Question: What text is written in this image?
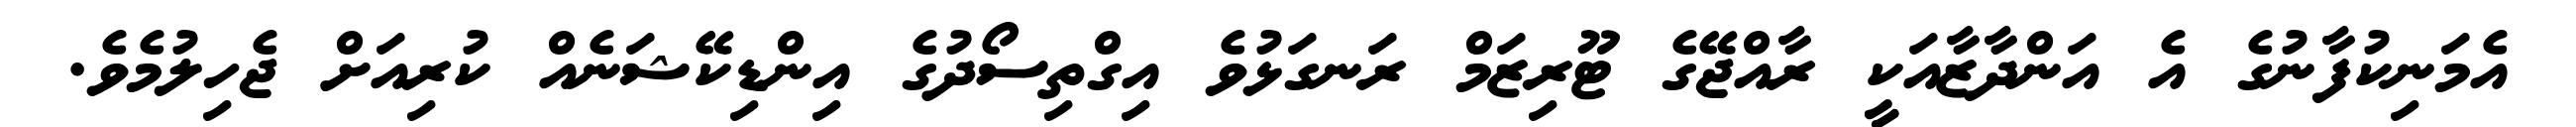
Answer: އެމަނިކުފާނުގެ އެ އަންދާޒާއަކީ ރާއްޖޭގެ ޓޫރިޒަމް ރަނގަޅުވެ އިގްތިސޯދުގެ އިންޑިކޭޝަނެއް ކުރިއަށް ޖެހިލުމެވެ.